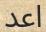
اعد